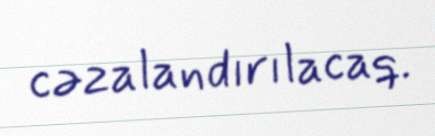
cəzalandırılacaq.